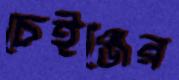
চেইঞ্জের